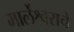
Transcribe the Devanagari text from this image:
मार्लेश्वराचे